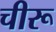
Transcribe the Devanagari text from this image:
चीरू